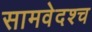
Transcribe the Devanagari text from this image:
सामवेदश्च